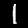
Label: 1